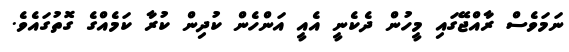
ނަމަވެސް ރާއްޖޭގައި މީހުން ދެކެނީ އެއީ އަންހެން ކުދިން ކުރާ ކަމެއްގެ ގޮތުގައެވެ.